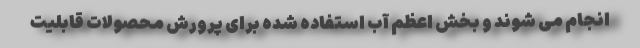
انجام می شوند و بخش اعظم آب استفاده شده برای پرورش محصولات قابلیت